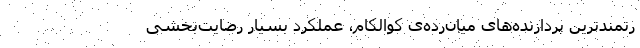
رتمندترین پردازنده‌های میان‌رده‌ی کوالکام، عملکرد بسیار رضایت‌بخشی